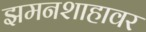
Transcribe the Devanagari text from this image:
झमनशाहावर